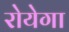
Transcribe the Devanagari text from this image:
रोयेगा